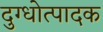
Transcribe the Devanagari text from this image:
दुग्धोत्पादक